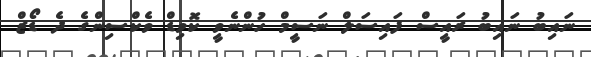
ނައިބު ނައިބު ރައީސް ފައިސަލް ނަސީމް ހުންނެވީ ކޮވިޑް ވެކްސިންގެ ދެ ޑޯޒް